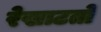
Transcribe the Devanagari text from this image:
रेखाटतो